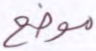
موضع